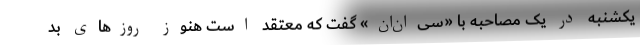
یکشنبه در یک مصاحبه با «سی‌ان‌ان» گفت که معتقد است هنوز روزهای بد